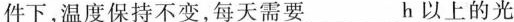
件下，温度保持不变，每天需要___h以上的光